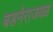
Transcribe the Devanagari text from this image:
बडनेराजवळ